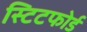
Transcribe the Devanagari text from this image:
स्टिटफोर्ड